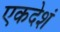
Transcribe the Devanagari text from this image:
एकदेशं